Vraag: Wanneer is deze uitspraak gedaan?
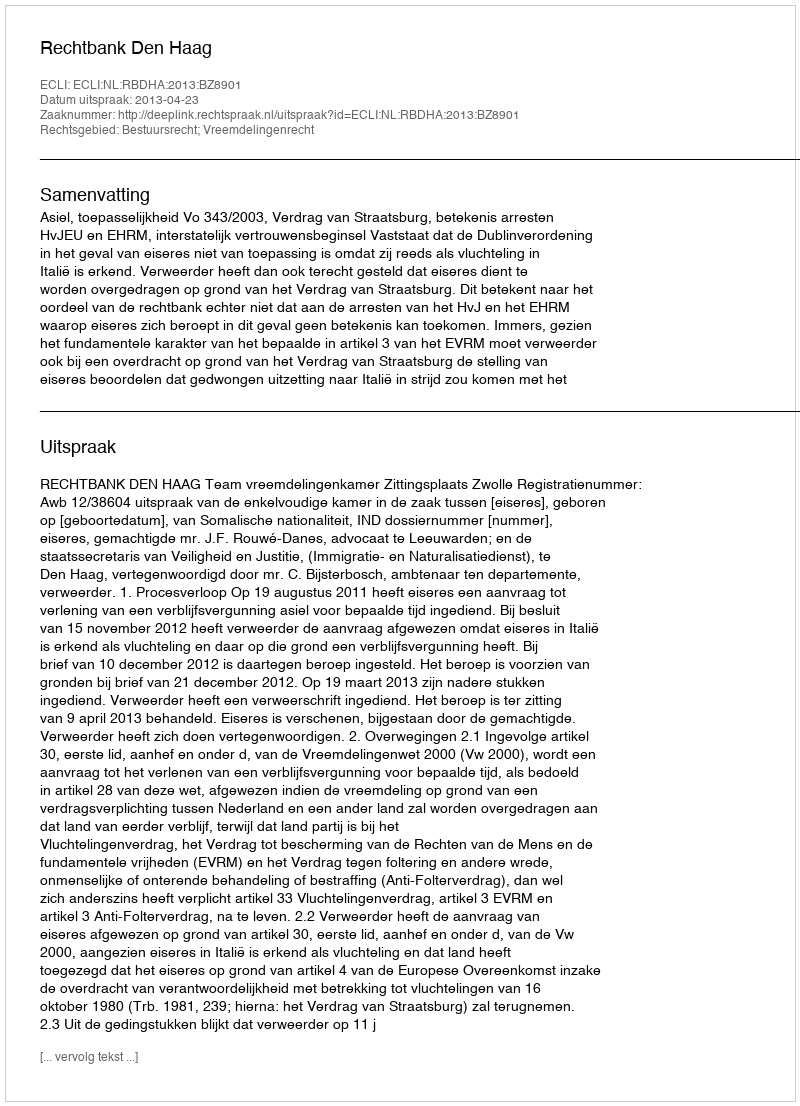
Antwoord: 2013-04-23